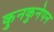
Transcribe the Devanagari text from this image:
कुनकुनेपन